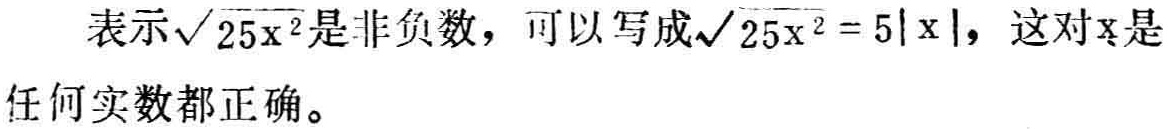
表示\(\sqrt{25x^{2}}\)是非负数，可以写成\(\sqrt{25x^{2}} = 5|x|\)，这对\(x\)是任何实数都正确。